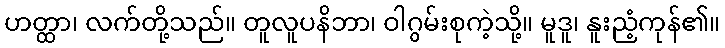
ဟတ္ထာ၊ လက်တို့သည်။ တူလူပနိဘာ၊ ဝါဂွမ်းစုကဲ့သို့။ မူဒူ၊ နူးညံ့ကုန်၏။